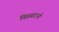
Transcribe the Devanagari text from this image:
विप्रसदनी